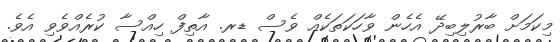
މިކަމަށް ބާރުލިބިދޭ އެހެން ވާހަކަތަކެއް ވެސް ޑރ. އާތިފް ހިއްސާ ކުރެއްވެވި އެވެ.